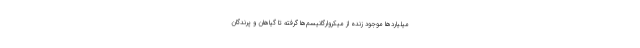
میلیاردها موجود زنده از میکروارگانیسم‌ها گرفته تا گیاهان و ‌پرندگان